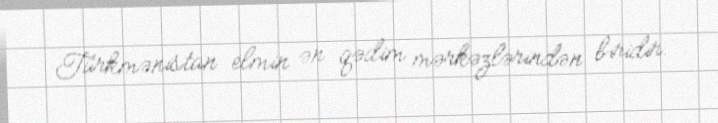
Türkmənistan elmin ən qədim mərkəzlərindən biridir.